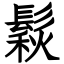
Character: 鬏